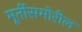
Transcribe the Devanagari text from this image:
मूर्तीसमोरील